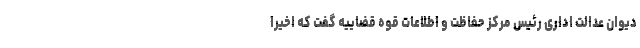
دیوان عدالت اداری رئیس مرکز حفاظت و اطلاعات قوه قضاییه گفت که اخیراً